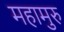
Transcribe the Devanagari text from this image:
महामुरु